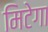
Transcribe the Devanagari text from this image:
मिटेगा